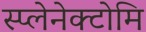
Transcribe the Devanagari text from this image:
स्प्लेनेक्टोमि